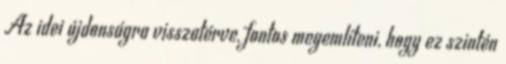
Az idei újdonságra visszatérve, fontos megemlíteni, hogy ez szintén